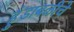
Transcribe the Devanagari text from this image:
हुंडाबळीचे